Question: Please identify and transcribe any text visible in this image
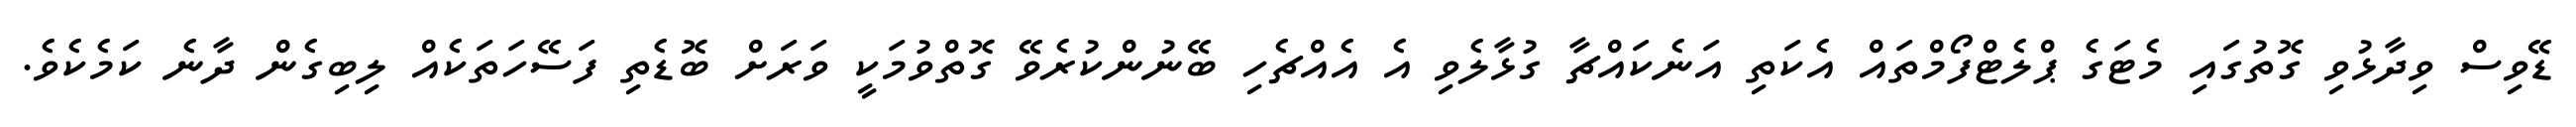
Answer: ޑޭވިސް ވިދާޅުވި ގޮތުގައި މެޓަގެ ޕްލެޓްފޯމްތައް އެކަތި އަނެކައްޗާ ގުޅާލެވި އެ އެއްޗެހި ބޭނުންކުރެވޭ ގޮތްވުމަކީ ވަރަށް ބޮޑެތި ފަސޭހަތަކެއް ލިބިގެން ދާނެ ކަމެކެވެ.